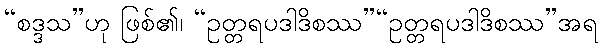
“စဒ္ဒသ”ဟု ဖြစ်၏၊ “ဥတ္တရပဒါဒိစဿ”“ဥတ္တရပဒါဒိစဿ”အရ